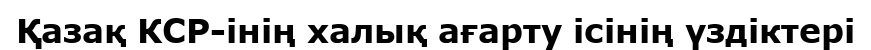
Қазақ КСР-інің халық ағарту ісінің үздіктері